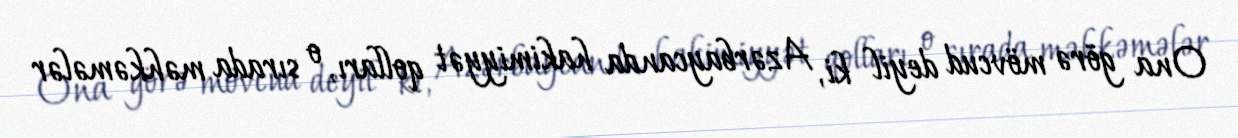
Ona görə mövcud deyil ki, Azərbaycanda hakimiyyət qolları, o sırada məhkəmələr